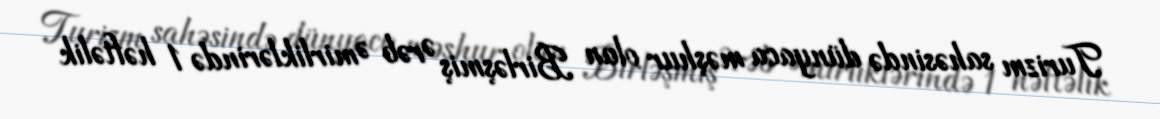
Turizm sahəsində dünyaca məşhur olan Birləşmiş Ərəb Əmirliklərində 1 həftəlik